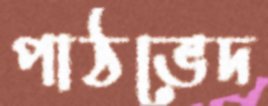
পাঠভেদ